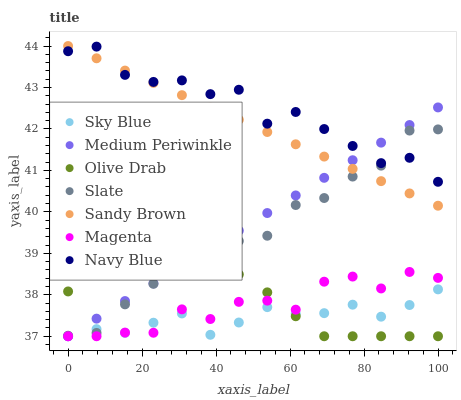
| xaxis_label | Sky Blue | Medium Periwinkle | Olive Drab | Slate | Sandy Brown | Magenta | Navy Blue |
 | --- | --- | --- | --- | --- | --- | --- | --- |
 | 0 | 37 | 37 | 38.1 | 37 | 44 | 37 | 43.9 |
 | 7.69 | 37.2 | 37.4 | 38.5 | 37.1 | 43.7 | 37 | 44 |
 | 15.4 | 37.1 | 37.8 | 38.8 | 37.8 | 43.4 | 37.1 | 43.3 |
 | 23.1 | 37.3 | 38.3 | 38.9 | 38.3 | 43.1 | 37.1 | 43.1 |
 | 30.8 | 37.6 | 38.7 | 38.9 | 38.8 | 42.8 | 37.6 | 43.2 |
 | 38.5 | 37 | 39.1 | 38.8 | 39 | 42.5 | 37.4 | 42.8 |
 | 46.2 | 37.3 | 39.5 | 38.5 | 39.3 | 42.2 | 37.8 | 42.9 |
 | 53.8 | 37.7 | 40 | 38.1 | 39.4 | 41.9 | 37.9 | 42.1 |
 | 61.5 | 37.5 | 40.4 | 37.5 | 40.2 | 41.6 | 37.6 | 42.4 |
 | 69.2 | 37.6 | 40.8 | 37 | 40.3 | 41.3 | 38.3 | 42 |
 | 76.9 | 37.8 | 41.2 | 37 | 40.9 | 41 | 38.4 | 41.6 |
 | 84.6 | 37.5 | 41.7 | 37 | 41.1 | 40.7 | 38.2 | 41.2 |
 | 92.3 | 37.8 | 42.1 | 37 | 42 | 40.4 | 38.6 | 41.3 |
 | 100 | 38.1 | 42.5 | 37 | 42 | 40.1 | 38.4 | 40.7 |